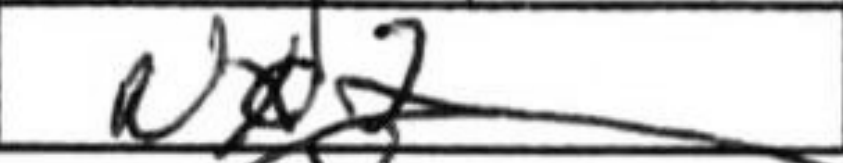
Transcription: Nxd2